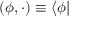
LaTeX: ( { \boldsymbol { \phi } } , \cdot ) \equiv \langle \phi |